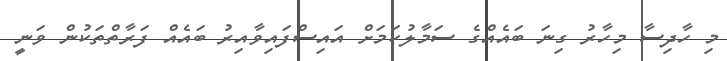
މި ހާދިސާ މިހާރު ގިނަ ބައެއްގެ ސަމާލުކަމަށް އައިސްފައިވާއިރު ބައެއް ފަރާތްތަކުން ވަނީ